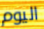
اليوم